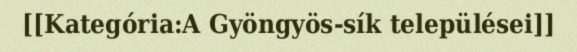
[[Kategória:A Gyöngyös-sík települései]]